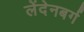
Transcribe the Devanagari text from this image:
लेंदेनबर्ग